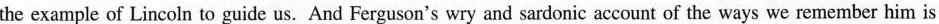
the example of Lincoln to guide us. And Ferguson's wry and sardonic account of the ways we remember him is